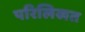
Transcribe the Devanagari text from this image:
परिलिखत